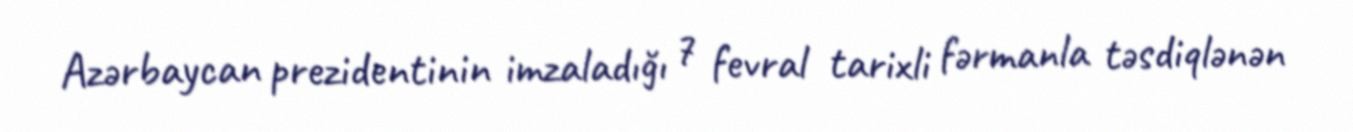
Azərbaycan prezidentinin imzaladığı 7 fevral tarixli fərmanla təsdiqlənən